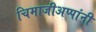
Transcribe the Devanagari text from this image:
चिमाजीअप्पांनी